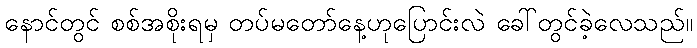
နောင်တွင် စစ်အစိုးရမှ တပ်မတော်နေ့ဟုပြောင်းလဲ ခေါ်တွင်ခဲ့လေသည်။